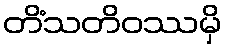
တိံသတိဝဿမှိ